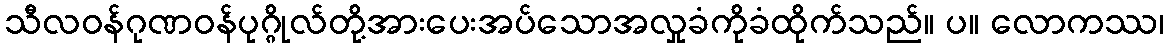
သီလဝန်ဂုဏဝန်ပုဂ္ဂိုလ်တို့အားပေးအပ်သောအလှုခံကိုခံထိုက်သည်။ ပ။ လောကဿ၊